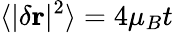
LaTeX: \langle|\delta\mathbf{r}|^{2}\rangle=4\mu_{B}t